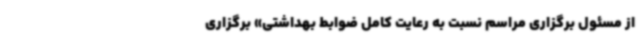
از مسئول برگزاری مراسم نسبت به رعایت کامل ضوابط بهداشتی» برگزاری